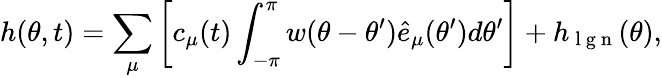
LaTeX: h(\theta,t)=\sum_{\mu}\left[c_{\mu}(t)\int_{-\pi}^{\pi}w(\theta-\theta^{\prime}){\hat{e}_{\mu}}(\theta^{\prime})d\theta^{\prime}\right]+h_{\mathrm{~l~g~n~}}(\theta),